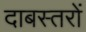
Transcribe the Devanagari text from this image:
दाबस्तरों